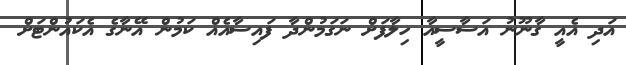
އަދި އެއީ ގާނޫނު އަސާސީއާ ހިލާފަށް ނަގަމުންދާ ފައިސާއެއް ކަމުން އޭނާގެ އެކައުންޓަށް